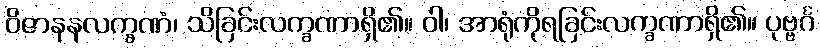
ဝိဇာနနလက္ခဏံ၊ သိခြင်းလက္ခဏာရှိ၏။ ဝါ၊ အာရုံကိုရခြင်းလက္ခဏာရှိ၏။ ပုဗ္ဗင်္ဂ